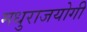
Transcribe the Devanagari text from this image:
मधुराजयोगी